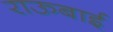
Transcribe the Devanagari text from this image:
राऊबाई